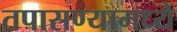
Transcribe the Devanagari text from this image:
तपासण्यामध्ये